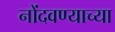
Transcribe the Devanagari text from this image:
नोंदवण्याच्या